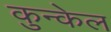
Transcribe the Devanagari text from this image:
कुन्केल